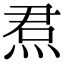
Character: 焄